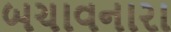
બચાવનારા